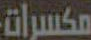
مكسرات